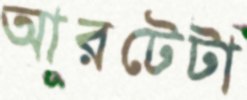
আরটেটা